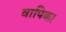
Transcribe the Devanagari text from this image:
वापिका